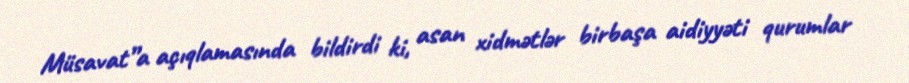
Müsavat”a açıqlamasında bildirdi ki, asan xidmətlər birbaşa aidiyyəti qurumlar